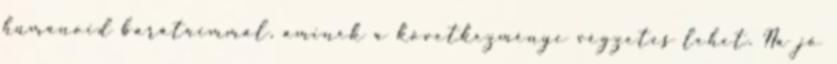
humanoid barátaimmal, aminek a következménye végzetes lehet. Na jó